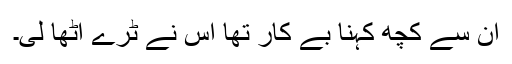
ان سے کچھ کہنا بے کار تھا اس نے ٹرے اٹھا لی۔